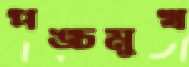
পঙ্চমুখ